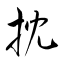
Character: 抌